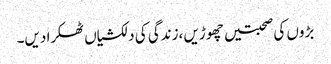
بڑوں کی صحبتیں چھوڑیں ،زندگی کی دلکشیاں ٹھکرا دیں۔